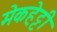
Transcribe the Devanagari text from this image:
मेकहेट्टी